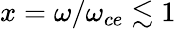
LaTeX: x=\omega/\omega_{ce}\lesssim 1